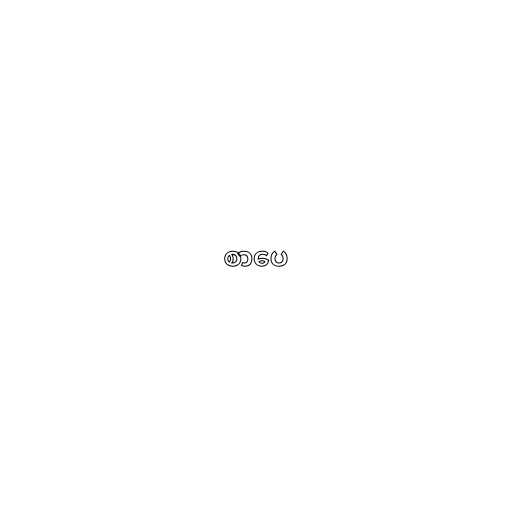
စာပေ